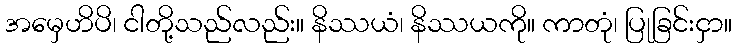
အမှေဟိပိ၊ ငါတို့သည်လည်း။ နိဿယံ၊ နိဿယကို။ ကာတုံ၊ ပြုခြင်းငှာ။